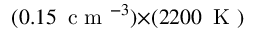
( 0 . 1 5 \, \mathrm { ~ c ~ m ~ } ^ { - 3 } ) { \times } ( 2 2 0 0 \, \mathrm { ~ K ~ } )